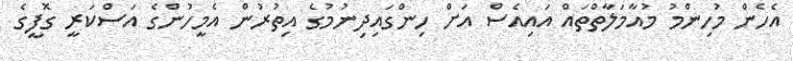
އެހެން މުހިންމު މުއާމަލާތްތައް އައިއެސް އަށް ހިންގައިދިނުމުގެ އިތުރުން އެމީހުންގެ އަސްކަރީ ގޮފީގެ